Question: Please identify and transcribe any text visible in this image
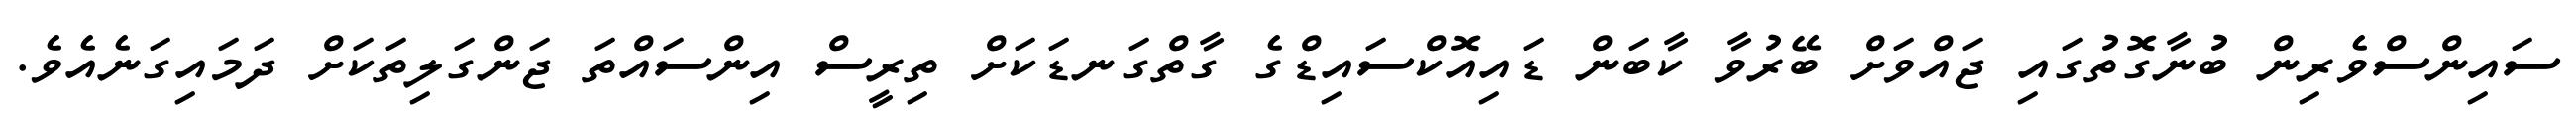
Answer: ސައިންސްވެރިން ބުނާގޮތުގައި ޖައްވަށް ބޭރުވާ ކާބަން ޑައިއޮކްސައިޑްގެ ގާތްގަނޑަކަށް ތިރީސް އިންސައްތަ ޖަންގަލިތަކަށް ދަމައިގަނެއެވެ.